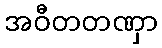
အဝီတတဏှာ